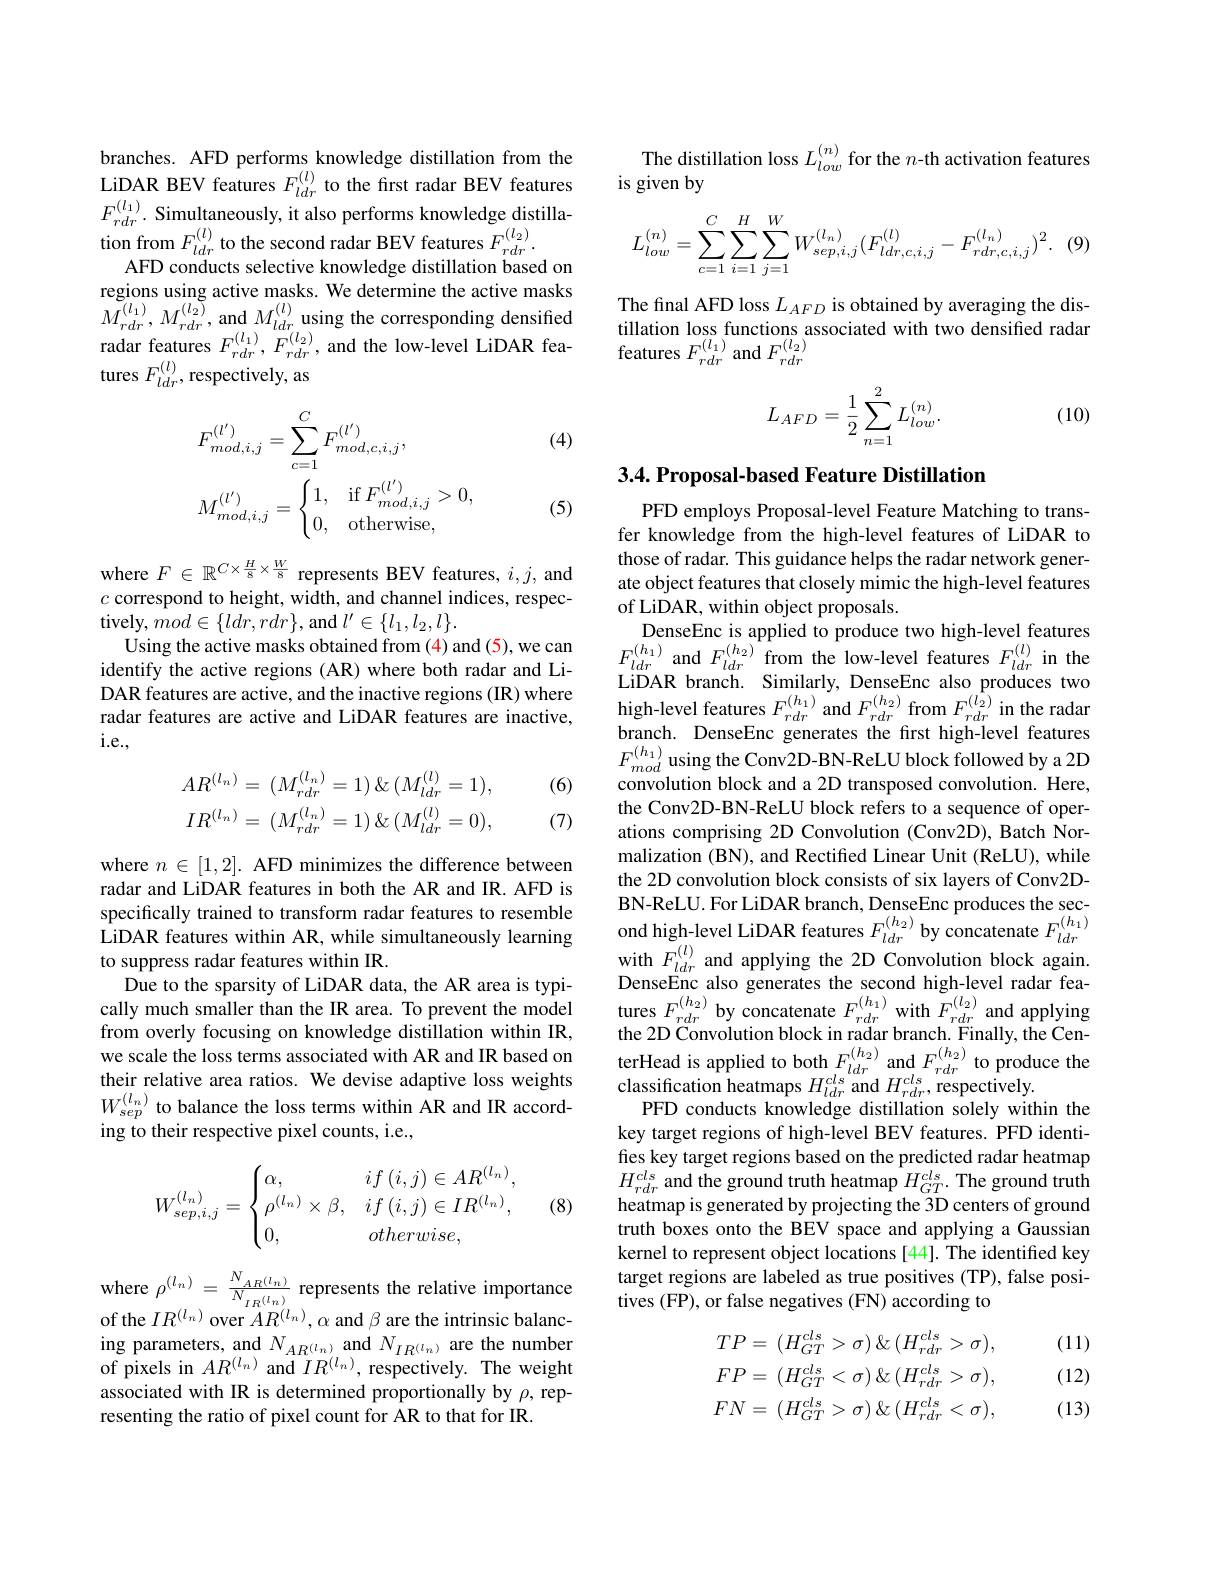
branches. AFD performs knowledge distillation from the LiDAR BEV features $F_{ldr}^{(l)}$ to the first radar BEV features $F_{rdr}^{( l_{1}) }.$ Simultaneously, it also performs knowledge distilla- tion from $F_{ldr}^{( l) }$to the second radar BEV features $F_{rdr}^{( l_{2}) }.$
AFD conducts selective knowledge distillation based on
regions using active masks. We determine the active masks The final AFD loss $L_{AFD}$ is obtained by averaging the dis-$M_{rdr}^{(1)},M_{rdr}^{(l_2)}$, and $M_{ldr}^{(l_2)}$ using the corresponding densified tillation loss functions associated with

(4)
$$\begin{aligned}&F_{mod,i,j}^{(l^{\prime})}=\sum_{c=1}^{C}F_{mod,c,i,j}^{(l^{\prime})},\\&M_{mod,i,j}^{(l^{\prime})}=\begin{cases}1,&\mathrm{if}\:F_{mod,i,j}^{(l^{\prime})}>0,\\0,&\mathrm{otherwise},\end{cases}\end{aligned}$$
(5)

where $F\in\mathbb{R}^{C\times\frac H8\times\frac W8}$ represents BEV features, $i,j$, and $c$ correspond to height, width, and channel indices, respec- ${\mathrm{tively,}}mod\in\{ldr,rdr\}$,and$l^\prime\in\{l_1,l_2,l\}.$
Using the active masks obtained from (4) and (5), we can identify the active regions (AR) where both radar and LiDAR features are active, and the inactive regions (IR) where radar features are active and LiDAR features are inactive, i.e.,

(6)
$$\begin{aligned}AR^{(l_n)}&=\:(M_{rdr}^{(l_n)}=1)\:\&\:(M_{ldr}^{(l)}=1),\\IR^{(l_n)}&=\:(M_{rdr}^{(l_n)}=1)\:\&\:(M_{ldr}^{(l)}=0),\end{aligned}$$
(7)

where $n\in [ 1, 2] . \textbf{AFD minimizes the difference between}$ radar and LiDAR features in both the AR and IR. AFD is specifically trained to transform radar features to resemble
Due to the sparsity of LiDAR data, the AR area is typically much smaller than the IR area. To prevent the model their relative area ratios. We devise adaptive loss weights $W_{sep}^{(l_n)}$ to balance the loss terms within AR and IR according to their respective pixel counts, i.e.,
$$W_{sep,i,j}^{(l_n)}=\begin{cases}\alpha,&if\left(i,j\right)\in AR^{(l_n)},\\\rho^{(l_n)}\times\beta,&if\left(i,j\right)\in IR^{(l_n)},\\0,&otherwise,\end{cases}$$
(8)

where $\rho^{(l_{n})}=\frac{N_{AR}(l_{n})}{N_{IR}^{(l_{n})}}$ represents the relative importance of the $IR^{(l_{n})}$ over $AR^{(l_{n})},\alpha$ and $\beta$ are the intrinsic balancing parameters, and $N_{AR^{(l_{n})}}$ and $N_{IR^{(l_{n})}}$ are the number of pixels in $AR^{(l_{n})}$ and $IR^{(l_{n})}$, respectively. The weight associated with IR is determined proportionally by $\rho$, representing the ratio of pixel count for AR to that for IR.

The distillation loss $L_{low}^{(n)}$ for the $n$-th activation features
is given by
$$L_{low}^{(n)}=\sum_{c=1}^{C}\sum_{i=1}^{H}\sum_{j=1}^{W}W_{sep,i,j}^{(l_{n})}(F_{ldr,c,i,j}^{(l)}-F_{rdr,c,i,j}^{(l_{n})})^{2}.$$
$$L_{AFD}=\frac{1}{2}\sum_{n=1}^{2}L_{low}^{(n)}.$$
(10)

## 3.4. Proposal-based Feature Distillation

PFD employs Proposal-level Feature Matching to transfer knowledge from the high-level features of LiDAR to those of radar. This guidance helps the radar network generate object features that closely mimic the high-level features of LiDAR, within object proposals.
DenseEnc is applied to produce two high-level features $F_{ldr}^{(h_{1})}$and$F_ldr^{(h_{2})}$from the low-level features$F_ldr^{(l)}$in the LiDAR branch. Similarly, DenseEnc also produces two high-level features $F_{rdr}^{(h_{1})}$ and $F_{rdr}^{(h_{2})}$ from $F_{rdr}^{(l_{2})}$ in the radar branch. DenseEnc generates the first high-level features $F_{mod}^{(h_1)}$using the Conv2D-BN-ReLU block followed by a 2D convolution block and a 2D transposed convolution. Here, the Conv2D-BN-ReLU block refers to a sequence of operations comprising 2D Convolution (Conv2D), Batch Normalization (BN), and Rectified Linear Unit (ReLU), while the 2D convolution block consists of six layers of Conv2DBN-ReLU. For LiDAR branch, DenseEnc produces the sec-
$\begin{aligned}&\text{spechleanty uanleu to ualsonin Iadar eadures to resenliole}\\&\text{LiDAR features within AR, while simultaneously learning}&&\text{ond high-level LiDAR features }F_{ldr}^{(h_2)}\text{by concatenate }F_{ldr}^{(h_1)}\\&\text{to suppress radar features within IR.}&&\text{with }F\end{aligned}$
DenseEnc also generates the second high-level radar fea- $\begin{array}{l}{\text{tures }F_{rdr}^{(h_{2})}\text{ by concatenate }F_{rdr}^{(h_{1})}\text{ with }F_{rdr}^{(l_{2})}\text{ and applying}}\\{\text{the 2D Convolution block in radar branch. Finally, the Cen-}}\end{array}$
from overly focusing on knowledge distillation within IR, the 2D Convolution block in radar branch. Finally, the Cenwe scale the loss terms associated with AR and IR based on terHead is applied to both $F_{ldr}^{(h_{2})}$ and $F_{rdr}^{(h_{2})}$ to pro
$classification~heatmaps~H_{ldr}^{cls}~and~H_{rdr}^{cls},~respectively.$
PFD conducts knowledge distillation solely within the key target regions of high-level BEV features. PFD identifies key target regions based on the predicted radar heatmap $H_{rdr}^{cls}$ and the ground truth heatmap $H_GT^{cls}.$ The ground truth heatmap is generated by projecting the 3D centers of ground truth boxes onto the BEV space and applying a Gaussian kernel to represent object locations [44]. The identified key target regions are labeled as true positives (TP), false positives (FP), or false negatives (FN) according to

(11)
$$\begin{aligned}TP&=\:(H_{GT}^{cls}>\sigma)\:\&\:(H_{rdr}^{cls}>\sigma),\\FP&=\:(H_{GT}^{cls}<\sigma)\:\&\:(H_{rdr}^{cls}>\sigma),\\FN&=\:(H_{GT}^{cls}>\sigma)\:\&\:(H_{rdr}^{cls}<\sigma),\end{aligned}$$
(12) (13)